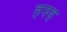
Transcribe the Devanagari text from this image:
हरुइ